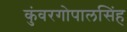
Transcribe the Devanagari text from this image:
कुंवरगोपालसिंह